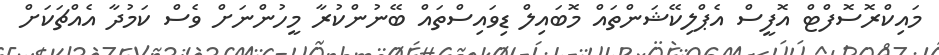
މައިކްރޮސޮފްޓް އޮފީސް އެޕްލިކޭޝަންތައް މޮބައިލް ޑިވައިސްތައް ބޭނުންކުރާ މީހުންނަށް ވެސް ކަމުދާ އެއްޗަކަށް